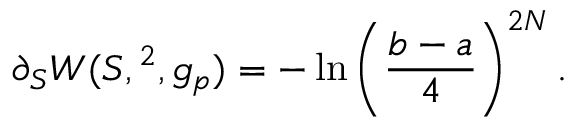
\partial _ { S } W ( S , \L ^ { 2 } , g _ { p } ) = - \ln \left( { \frac { b - a } { 4 } } \right) ^ { 2 N } .